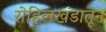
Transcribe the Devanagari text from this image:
रोहिलखंडातून